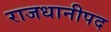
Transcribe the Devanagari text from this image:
राजधानीपद